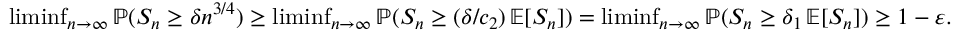
\begin{array} { r } { \operatorname* { l i m i n f } _ { n \to \infty } \operatorname { \mathbb { P } } ( S _ { n } \geq \delta n ^ { 3 / 4 } ) \geq \operatorname* { l i m i n f } _ { n \to \infty } \operatorname { \mathbb { P } } ( S _ { n } \geq ( \delta / c _ { 2 } ) \operatorname { \mathbb { E } } [ S _ { n } ] ) = \operatorname* { l i m i n f } _ { n \to \infty } \operatorname { \mathbb { P } } ( S _ { n } \geq \delta _ { 1 } \operatorname { \mathbb { E } } [ S _ { n } ] ) \geq 1 - \varepsilon . } \end{array}